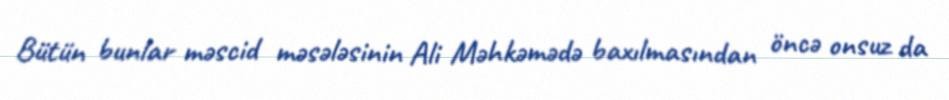
Bütün bunlar məscid məsələsinin Ali Məhkəmədə baxılmasından öncə onsuz da